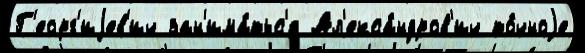
Г'еорг'иjев'ич зан'има́тьс'я Ал'екса́ндров'ич то́чноjе